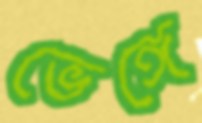
ভেঙ্গে